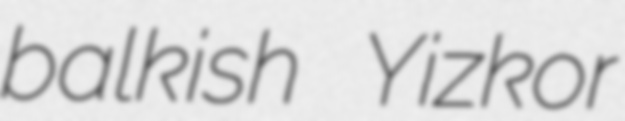
balkish Yizkor